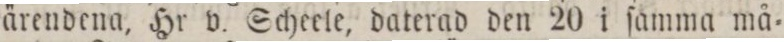
ärendena, Hr v. Scheele, daterad den 20 i ſamma må=